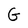
Character: G